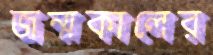
জন্মকালের